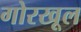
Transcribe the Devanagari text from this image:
गोरखूल